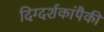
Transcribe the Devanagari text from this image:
दिग्दर्शकांपैकी